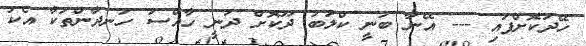
ހޭދަކޮށްފައި --- އޭނާ ބުނީ ކްލަބު ދޫކޮށް ދަނީ ހާއްސަ ހަނދާންތަކާ އެކު